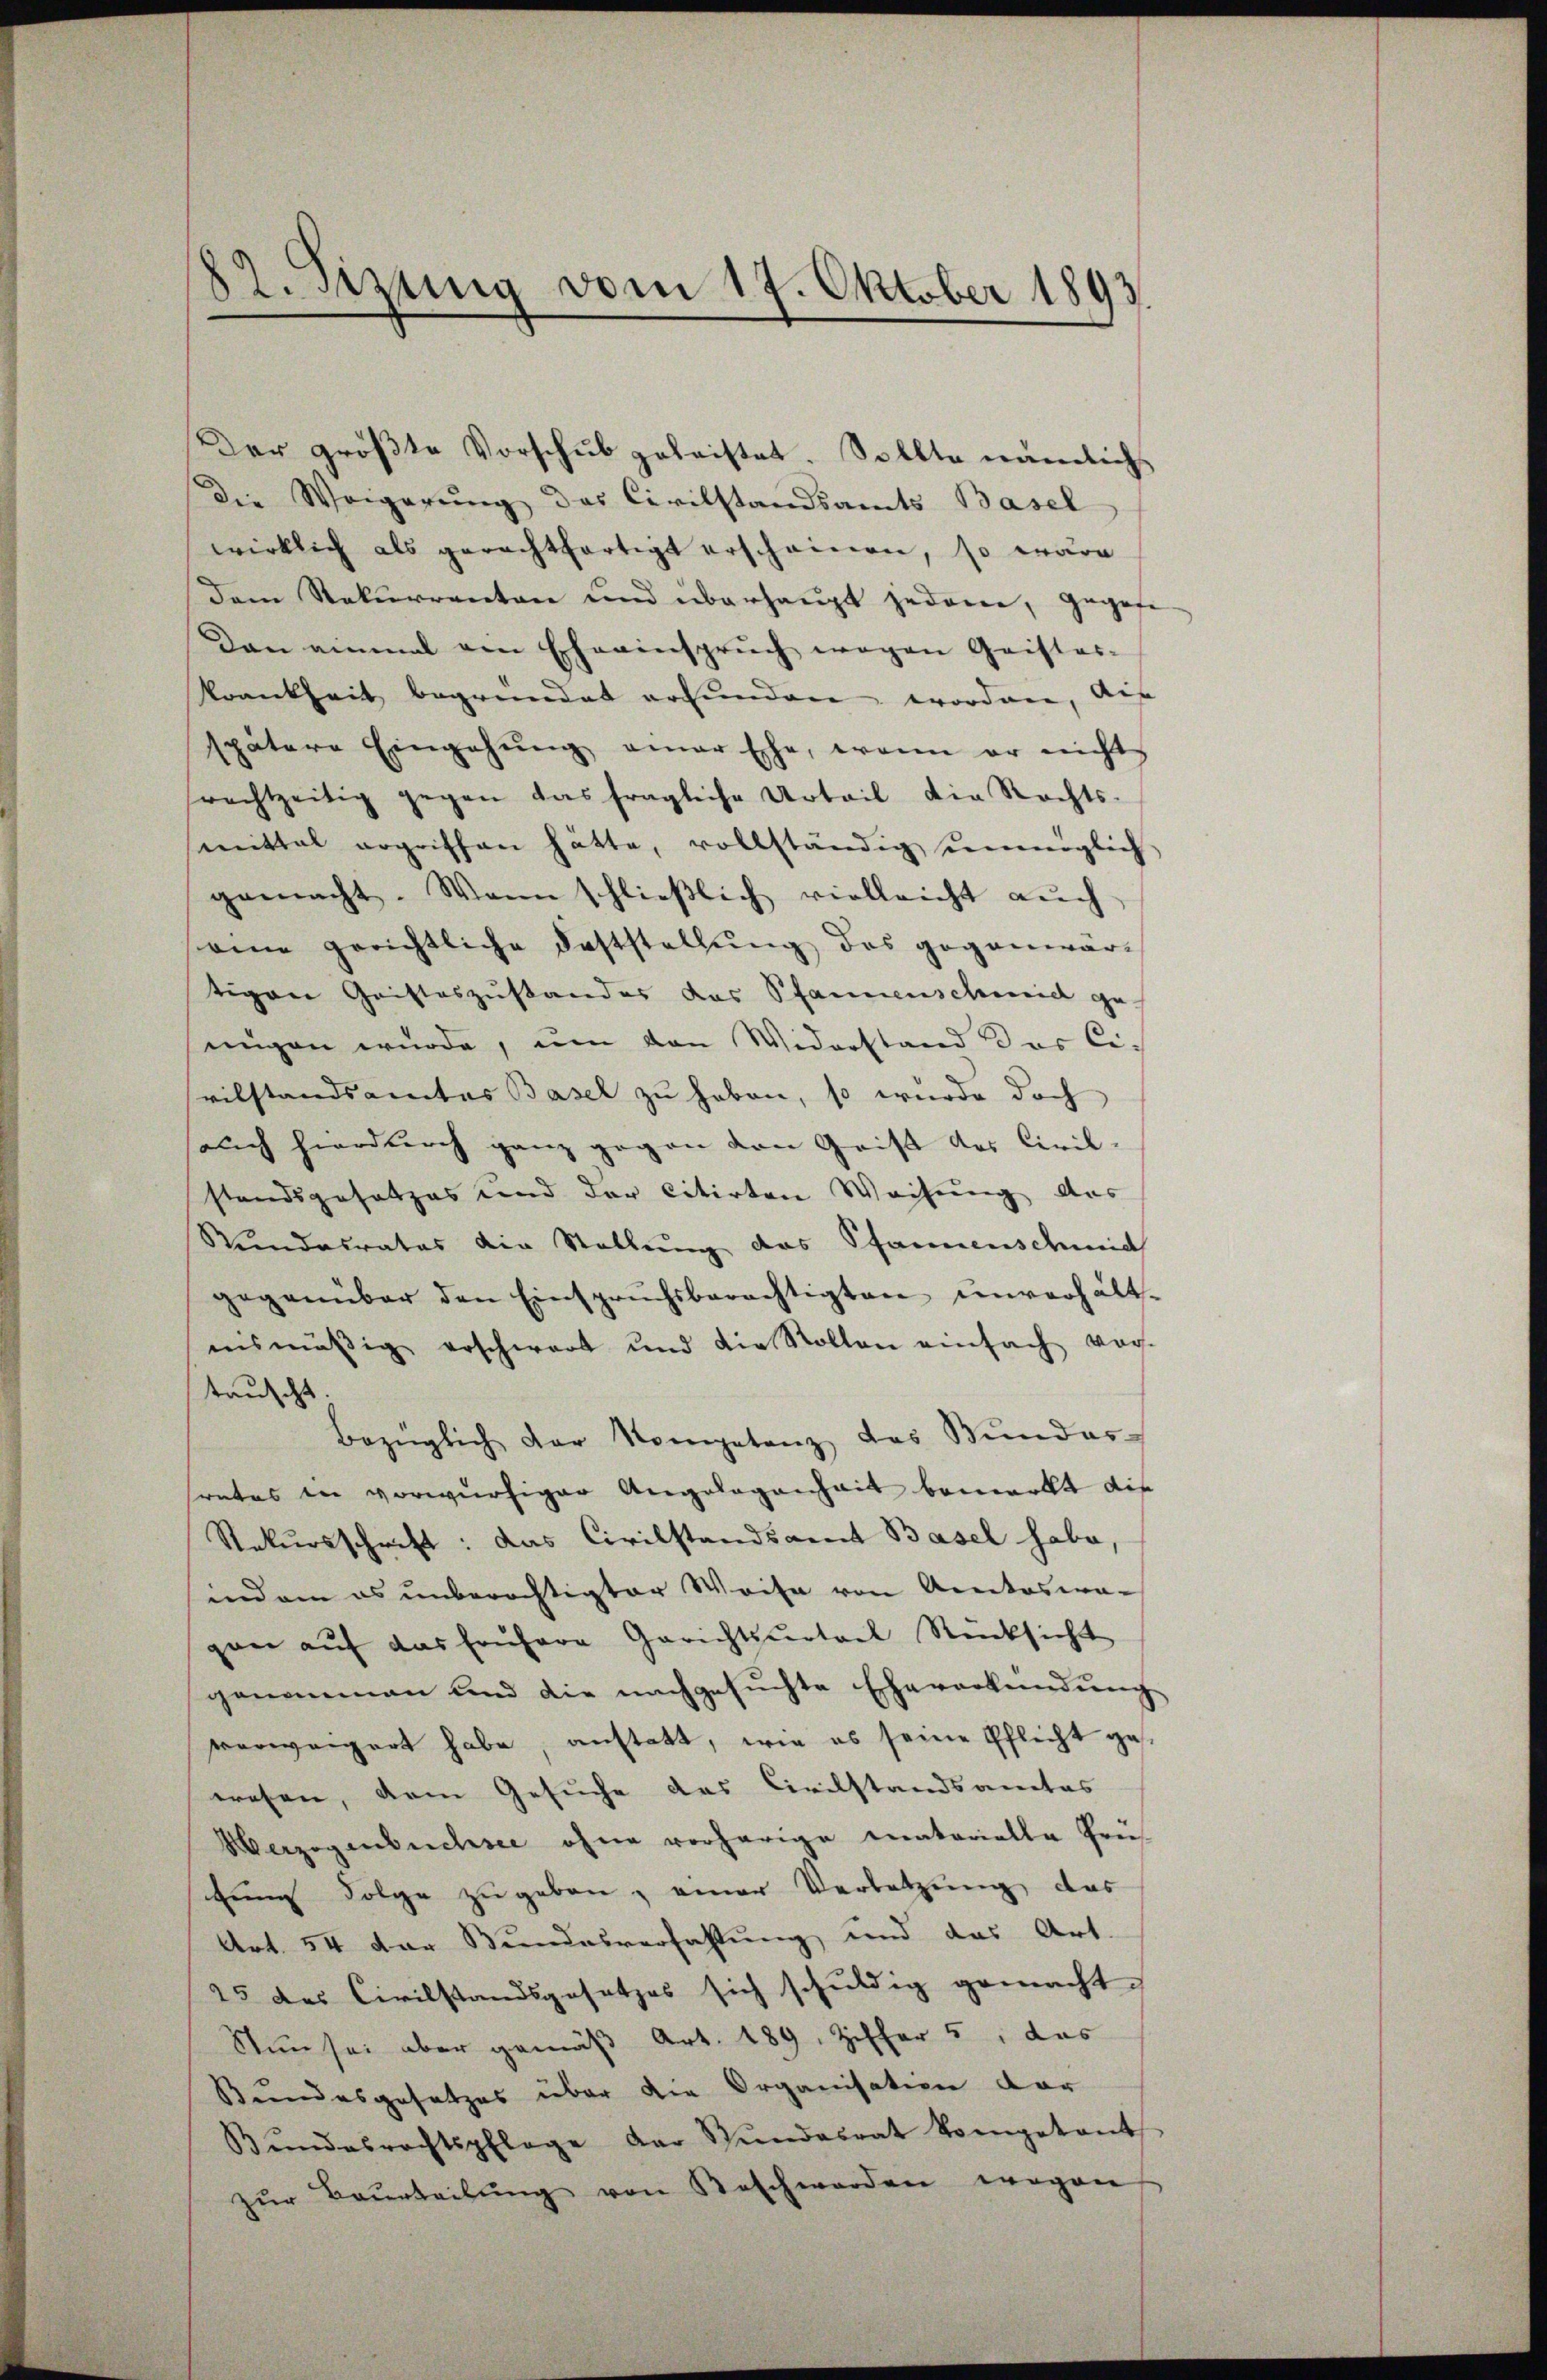
82. Sizung vom 17. Oktober 1893.

Der größte Vorschub geleistet. Sollte nämlich
Die Weigerŭng des Civilstandsamts Basel
wirklich als gerachtfertigt erscheinen, so wäre
dem Rekurrenten und überhaupt jedem, gegebe
Dan einmal von Eheeinsprŭch wegen Geistes-
krankheit begründet erfunden worden, auf
spätere Eingehŭng einer Ehe, wenn er nicht
rachtzeitig gegen das fragliche Urteil die Rechts-
mittal ergriffen hätte, vollständig unmöglich
gemacht. Wenn schließlich vielleicht auch
eine gerichtliche Feststellung des gegenwar-
tigen Geisteszustandes das Pfannenscheid ge-
nigen würde, um den Widerstand das Ci-
svilstandsamtes Basel zu haben, so wurde doch
auch hierdurch ganz gegen den Grist des Civil-
standsgesetzes und der citirten Weisung des
Wundalrates die Stellung das Pfannenschmid
gegenüber den Einsprŭchsberechtigten unverhält-
nismässig erschwart und die Rollen einfach vor-
tauscht.
Bezüglich der Kompetenz das Mundar-
srates in vorwürfiger Angelegenhait bemerkt die
Rekursschrift: das Civilstandsamt Basel habe,
endam es unberechtigter Weise von Actoswa-
gan aŭf das frühere Gerichtsurteil Rücksicht
genommen und die nachgesuchte Eheverkündung
verweigert habe, anstatt, wie es seine Pflicht gewesen, dem Gesuche das Civilstandsamtes
Üerzogenbuchsee ohne vorherige Inatarielle Prü
Eine Folge zugeben, einer Verletzung das
Art. 54 der Bundesverfassung und das Art.
25 des Civilstandsgesetzes sich schuldig gemacht.
Nun sei aber gemäß Art. 189. Ziffer 5, das
Bundesgesetzes über die Organisation dar
Bŭndesrechtspflege der Stŭndesrat kompetent
zŭr Beurteilŭng von Beschwerden wegen